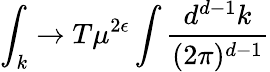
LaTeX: \int_{k}\rightarrow T\mu^{2\epsilon}\int\frac{d^{d-1}k}{(2\pi)^{d-1}}